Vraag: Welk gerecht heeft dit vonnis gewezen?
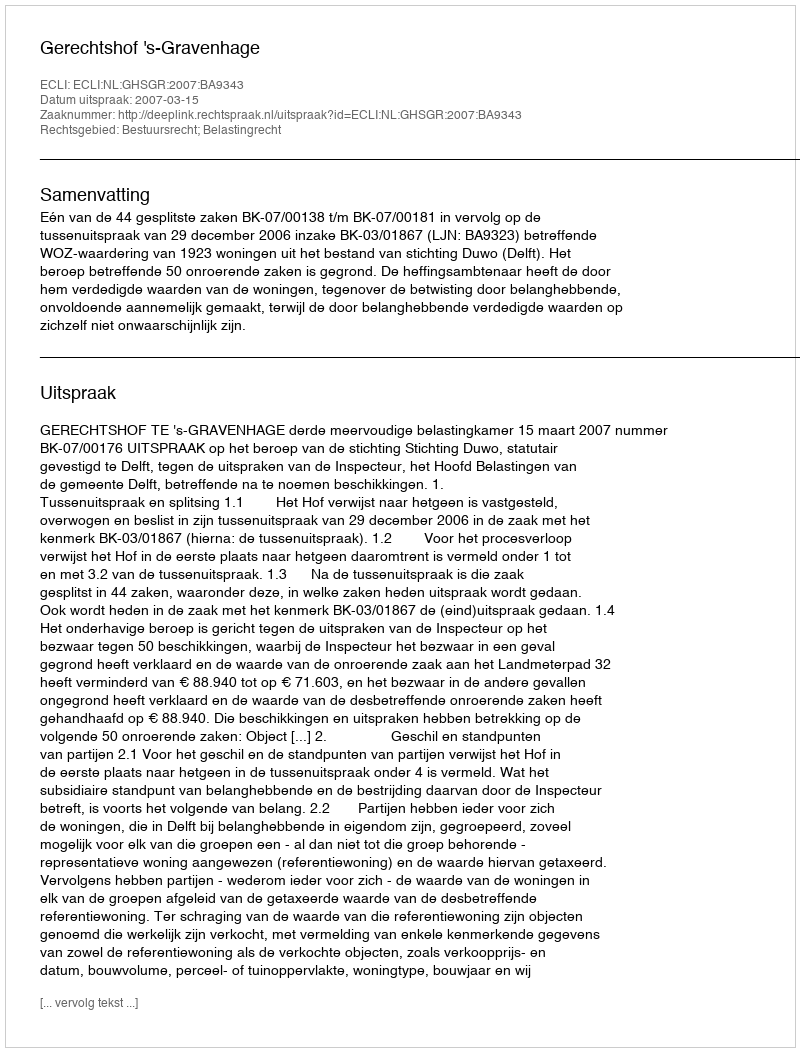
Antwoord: Gerechtshof 's-Gravenhage